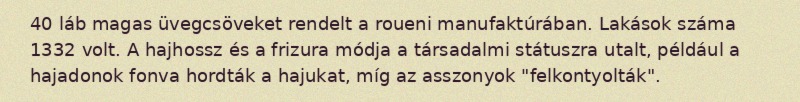
40 láb magas üvegcsöveket rendelt a roueni manufaktúrában. Lakások száma 1332 volt. A hajhossz és a frizura módja a társadalmi státuszra utalt, például a hajadonok fonva hordták a hajukat, míg az asszonyok "felkontyolták".